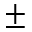
\pm